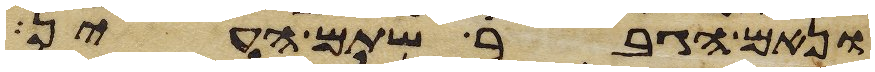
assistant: ונאם הגבר שתם העין